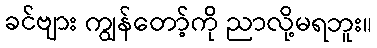
ခင်ဗျား ကျွန်တော့်ကို ညာလို့မရဘူး။